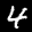
Label: 4